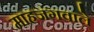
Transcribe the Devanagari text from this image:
माहजंगवाले